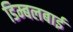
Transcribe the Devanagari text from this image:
डिम्बलबाई